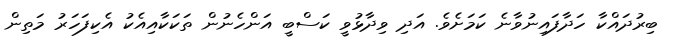
ބިރުދައްކާ ހަދާފައިނުވާނެ ކަމަށެވެ. އަދި ވިދާޅުވީ ކަސްބީ އަންހެނުން ތަކަކާއިއެކު އެކިފަހަރު މަތިން